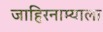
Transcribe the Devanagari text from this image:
जाहिरनाम्याला